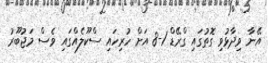
އޭނާ ވިދާޅުވި ގޮތުގައި ގްރޭޑް 1-8 އަށް ހުރިހައި ސްކޫލެއްގައި ވެސް މަޖުބޫރު